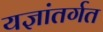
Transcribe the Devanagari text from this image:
यज्ञांतर्गत